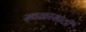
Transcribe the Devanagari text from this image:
स्थळासाठी